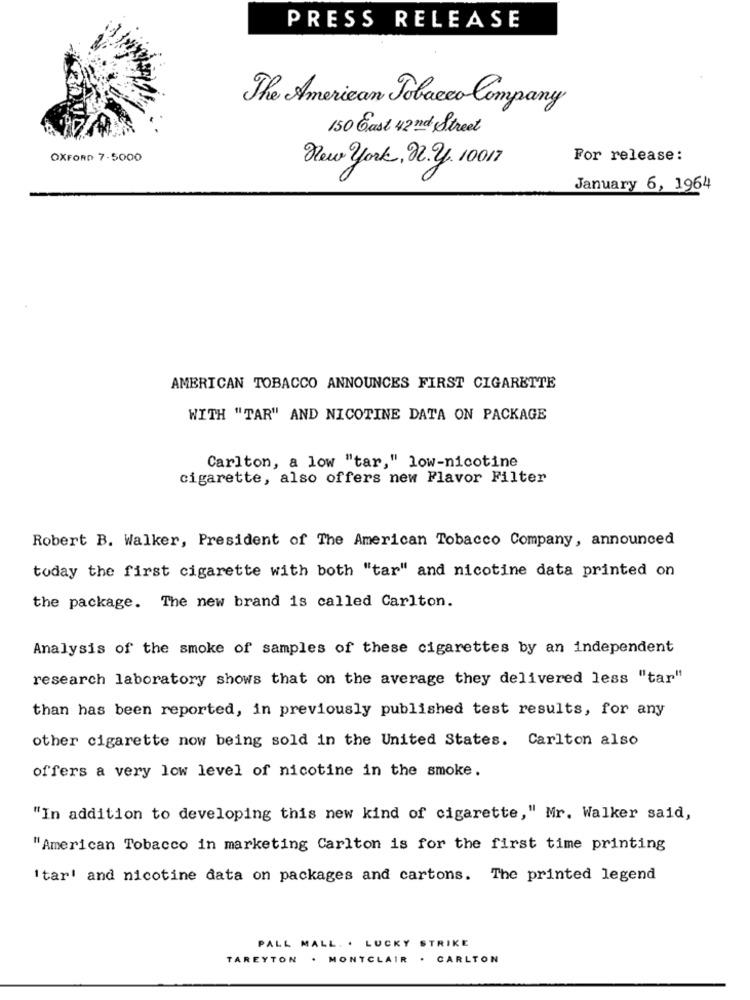
PRESS RELEASE
The American Tobacco Company
150 Cast 42nd Street
OXFORD 7-5000
For release:
New york, n. y. 10017
January 6, 1964
AMERICAN TOBACCO ANNOUNCES FIRST CIGARETTE
WITH "TAR" AND NICOTINE DATA ON PACKAGE
Carlton, a low "tar," low-nicotine
cigarette, also offers new Flavor Filter
Robert B. Walker, President of The American Tobacco Company, announced
today the first cigarette with both "tar" and nicotine data printed on
the package. The new brand is called Carlton.
Analysis of the smoke of samples of these cigarettes by an independent
research laboratory shows that on the average they delivered less "tar"
than has been reported, in previously published test results, for any
other cigarette now being sold in the United States. Carlton also
offers a very low level of nicotine in the smoke.
"In addition to developing this new kind of cigarette," Mr. Walker said,
"American Tobacco in marketing Carlton is for the first time printing
Itar' and nicotine data on packages and cartons. The printed legend
PALL MALL. . LUCKY STRIKE
TAREYTON . MONTCLAIR . CARLTON